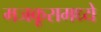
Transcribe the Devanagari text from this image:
मजकूरामध्ये